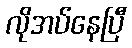
လိုအပ်နေပြီ